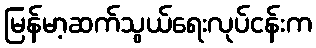
မြန်မာ့ဆက်သွယ်ရေးလုပ်ငန်းက